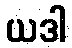
ယဒါ